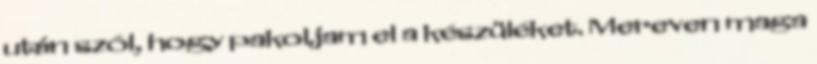
után szól, hogy pakoljam el a készüléket. Mereven maga